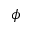
\phi